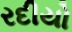
રદીયો